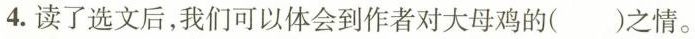
4.读了选文后，我们可以体会到作者对大母鸡的（）之情。